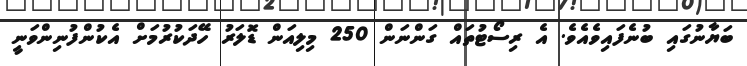
ބަޔާނުގައި ބުނެފައިވެއެވެ. އެ ރިސޯޓުތައް ގަންނަން 250 މިލިއަން ޑޮލަރު ހޭދަކުރުމަށް އެކުންފުނިންވަނީ